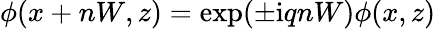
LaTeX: \phi(x+nW,z)=\exp(\pm\mathrm{i}qnW)\phi(x,z)